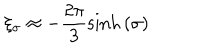
LaTeX: \xi _ { \sigma } \approx - \frac { 2 \pi } { 3 } \sinh { ( \sigma ) }